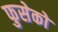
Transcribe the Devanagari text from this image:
फुसेको